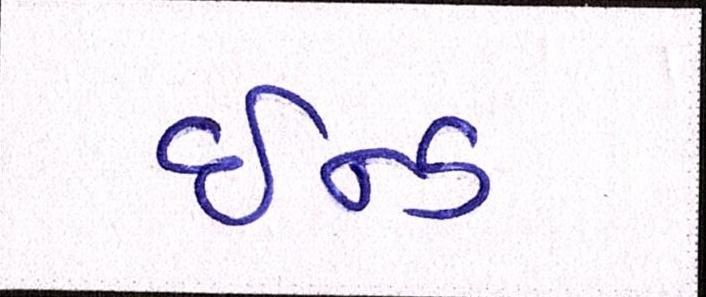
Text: ઇન્ડ